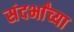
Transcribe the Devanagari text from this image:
संदर्भांच्या